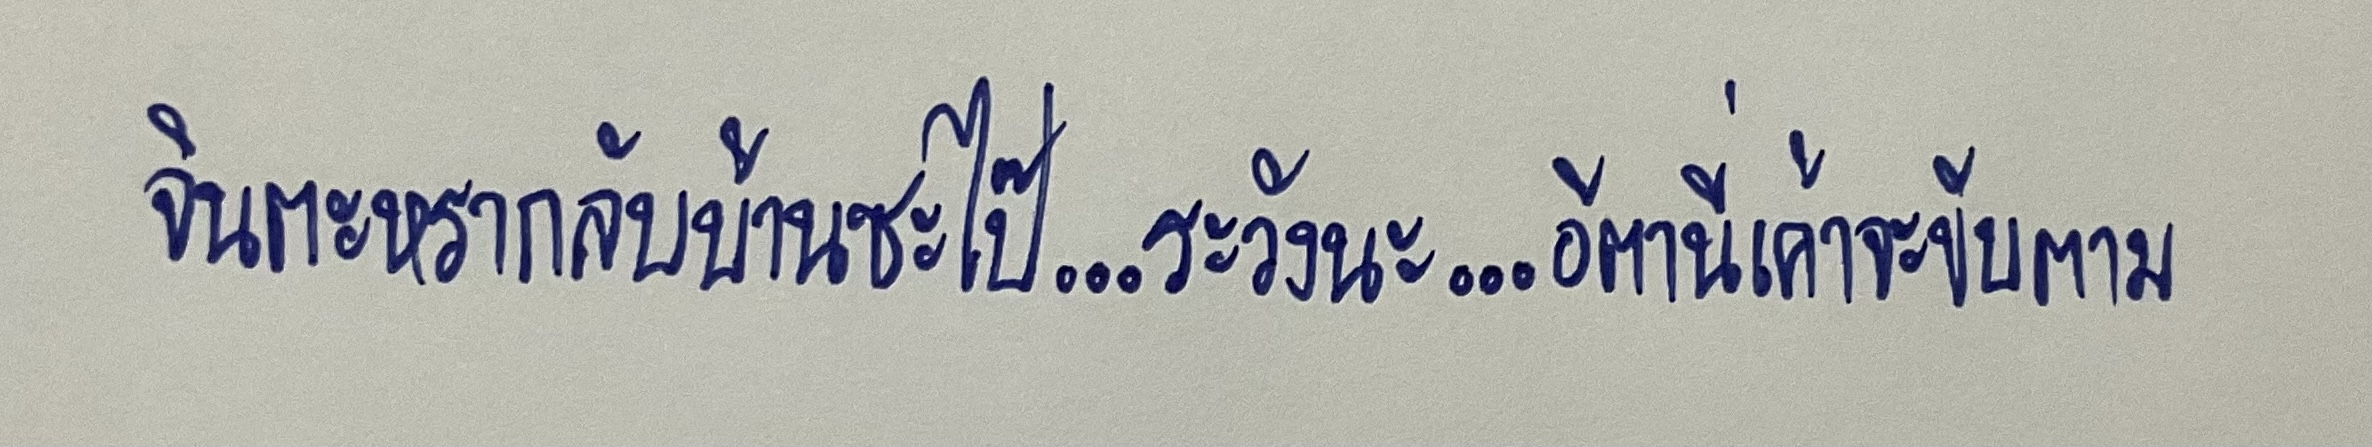
จินตะหรากลับบ้านซะไป๊...ระวังนะ...อีตานี่เค้าจะขับตาม